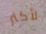
لأكثر